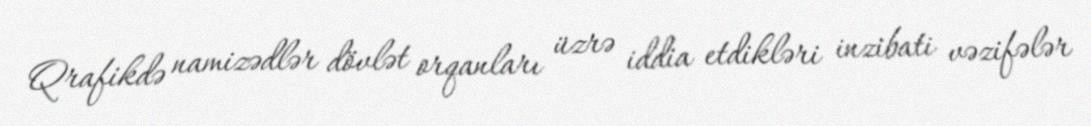
Qrafikdə namizədlər dövlət orqanları üzrə iddia etdikləri inzibati vəzifələr